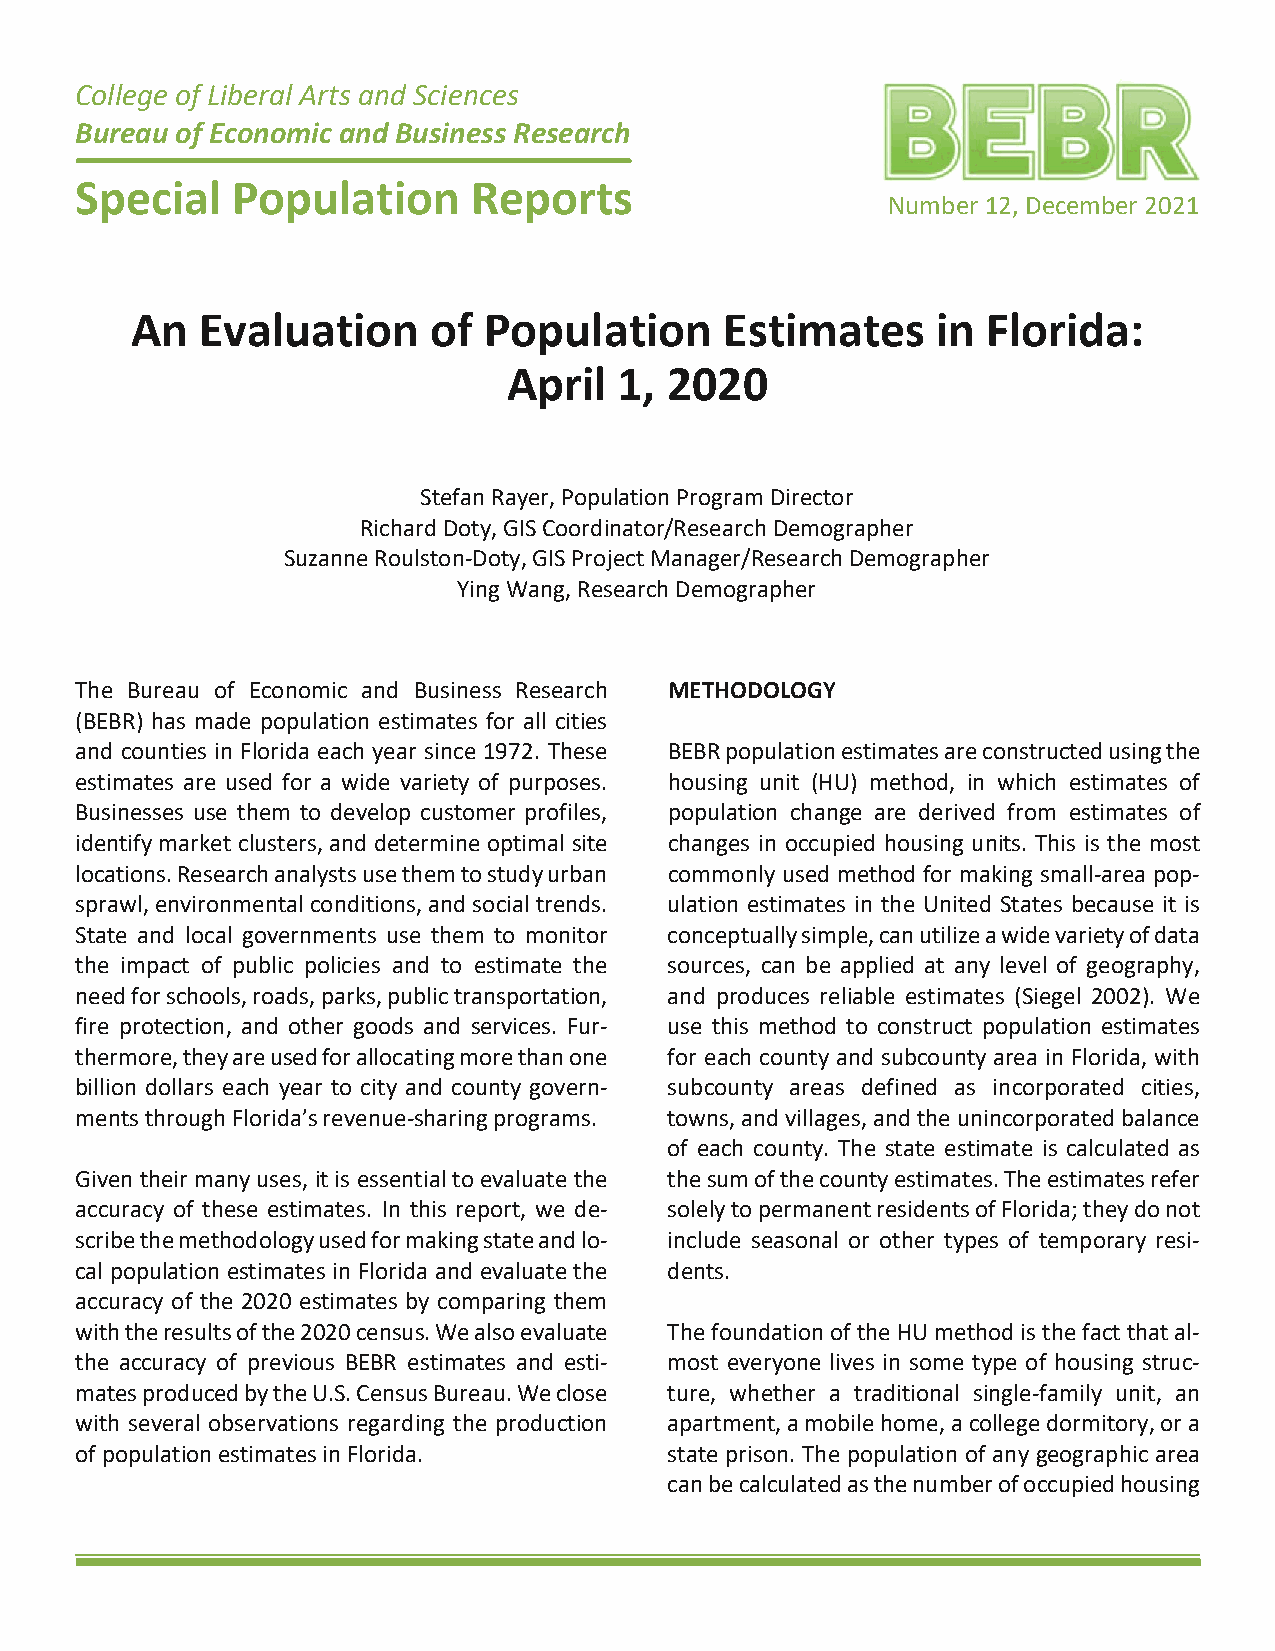
College of Liberal Arts and Sciences
 Bureau of Economic and Business Research
 Special   Population      Reports
 Number 12, December 2021
 An  Evaluation     of  Population      Estimates     in Florida:
 April  1, 2020
 Stefan Rayer, Population Program Director
 Richard Doty, GIS Coordinator/Research Demographer
 Suzanne Roulston-Doty, GIS Project Manager/Research Demographer
 Ying Wang, Research Demographer
 The Bureau of Economic and Business Research METHODOLOGY
 (BEBR) has made population estimates for all cities
 and counties in Florida each year since 1972. These BEBR population estimates are constructed using the
 estimates are used for a wide variety of purposes. housing unit (HU) method, in which estimates of
 Businesses use them to develop customer profiles, population change are derived from estimates of
 identify market clusters, and determine optimal site changes in occupied housing units. This is the most
 locations. Research analysts use them to study urban commonly used method for making small-area pop-
 sprawl, environmental conditions, and social trends. ulation estimates in the United States because it is
 State and local governments use them to monitor conceptually simple, can utilize a wide variety of data
 the impact of public policies and to estimate the sources, can be applied at any level of geography,
 need for schools, roads, parks, public transportation, and produces reliable estimates (Siegel 2002). We
 fire protection, and other goods and services. Fur- use this method to construct population estimates
 thermore, they are used for allocating more than one for each county and subcounty area in Florida, with
 billion dollars each year to city and county govern- subcounty areas defined as incorporated cities,
 ments through Florida’s revenue-sharing programs. towns, and villages, and the unincorporated balance
 of each county. The state estimate is calculated as
 Given their many uses, it is essential to evaluate the the sum of the county estimates. The estimates refer
 accuracy of these estimates. In this report, we de- solely to permanent residents of Florida; they do not
 scribe the methodology used for making state and lo- include seasonal or other types of temporary resi-
 cal population estimates in Florida and evaluate the dents.
 accuracy of the 2020 estimates by comparing them
 with the results of the 2020 census. We also evaluate The foundation of the HU method is the fact that al-
 the accuracy of previous BEBR estimates and esti- most everyone lives in some type of housing struc-
 mates produced by the U.S. Census Bureau. We close ture, whether a traditional single-family unit, an
 with several observations regarding the production apartment, a mobile home, a college dormitory, or a
 of population estimates in Florida.    state prison. The population of any geographic area
 can be calculated as the number of occupied housing